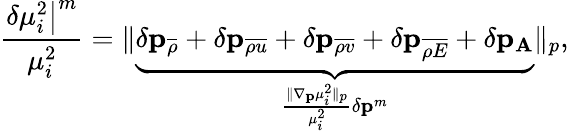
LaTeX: \frac{\left.\delta\mu_{i}^{2}\right|^{m}}{\mu_{i}^{2}}=\| \underbrace{\delta\mathbf{p}_{\overline{{{\rho}}}}+\delta\mathbf{p}_{\overline{{{\rho u}}}}+\delta\mathbf{p}_{\overline{{{\rho v}}}}+\delta\mathbf{p}_{\overline{{{\rho E}}}}+\delta\mathbf{p}_{\mathbf{A}}}_{\frac{\| \nabla_{\mathbf{p}}\mu_{i}^{2}\| _{p}}{\mu_{i}^{2}}\delta\mathbf{p}^{m}}\| _{p},